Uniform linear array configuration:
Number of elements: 32
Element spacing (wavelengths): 0.25
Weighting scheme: uniform
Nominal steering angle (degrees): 30
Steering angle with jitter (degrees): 29.686
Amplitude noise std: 0.05
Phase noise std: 0.05

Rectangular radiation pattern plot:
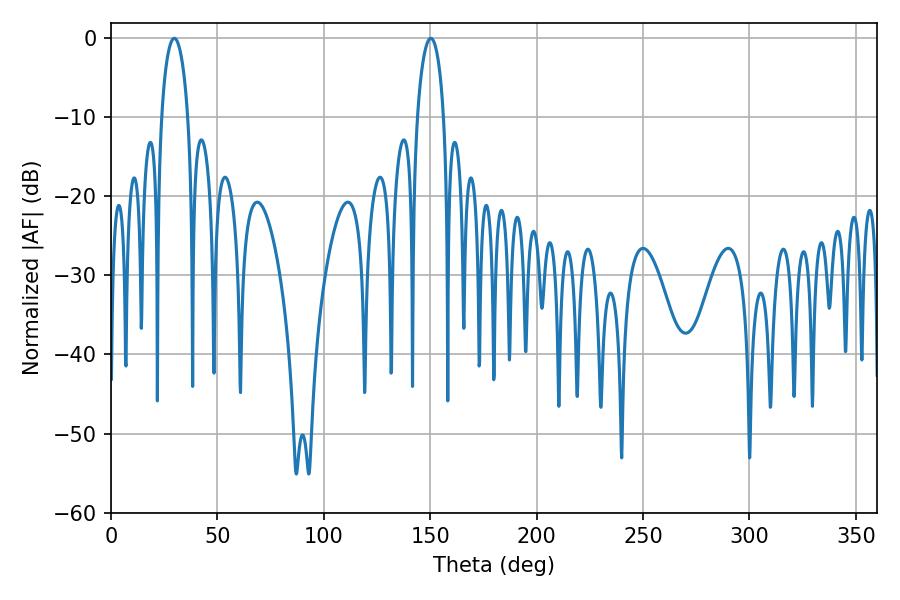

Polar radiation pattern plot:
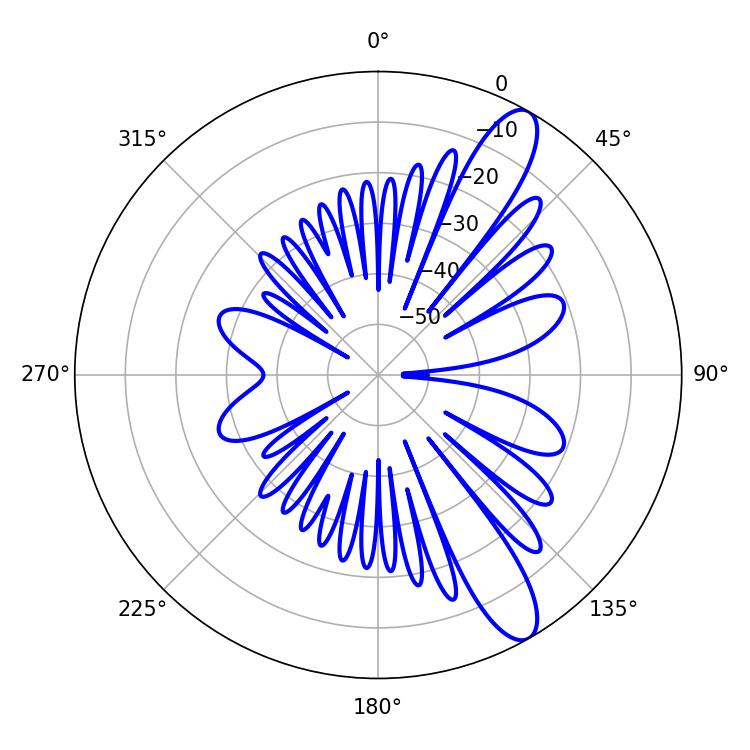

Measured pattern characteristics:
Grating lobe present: FALSE
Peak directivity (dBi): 11.503
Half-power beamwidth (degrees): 7.02
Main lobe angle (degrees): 29.7